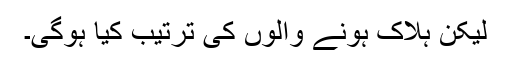
لیکن ہلاک ہونے والوں کی ترتیب کیا ہوگی۔